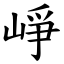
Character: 崢